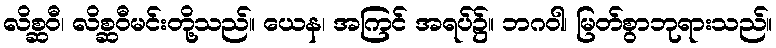
လိစ္ဆဝီ၊ လိစ္ဆဝီမင်းတို့သည်။ ယေန၊ အကြင် အရပ်၌။ ဘဂဝါ၊ မြတ်စွာဘုရားသည်။